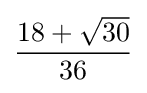
{\frac {18+{\sqrt {30}}}{36}}